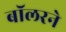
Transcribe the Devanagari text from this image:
बॉलरने